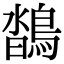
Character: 𪂌